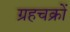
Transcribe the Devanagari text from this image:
ग्रहचक्रों